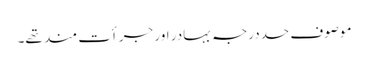
موصوف حددرجہ بہادر اور جرأت مند تھے۔